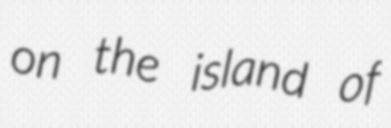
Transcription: on the island of